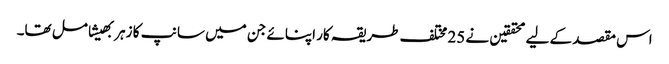
اس مقصد کے لیے محققین نے 25 مختلف طریقہ کار اپنائے جن میں سانپ کا زہر بھیشامل تھا۔